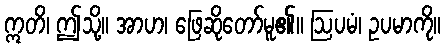
ဣတိ၊ ဤသို့။ အာဟ၊ ဖြေဆိုတော်မူ၏။ ဩပမံ၊ ဥပမာကို။